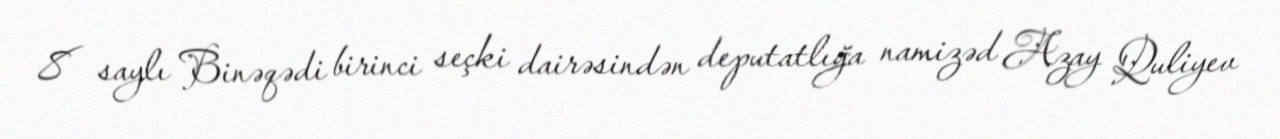
8 saylı Binəqədi birinci seçki dairəsindən deputatlığa namizəd Azay Quliyev